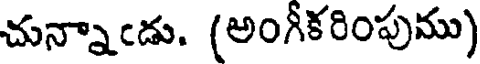
చున్నాఁడు. (అంగీకరింపుము)